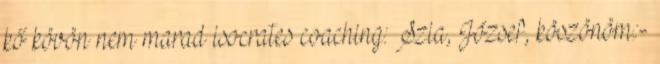
kő kövön nem marad isocrates coaching: Szia, József, köszönöm.:-